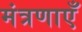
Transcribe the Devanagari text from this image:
मंत्रणाएँ